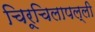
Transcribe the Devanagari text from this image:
चिरूचिलापल्ली